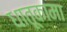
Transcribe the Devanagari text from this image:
धातूकामा